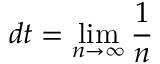
d t = \operatorname* { l i m } _ { n \to \infty } \frac { 1 } { n }